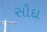
સૌદા